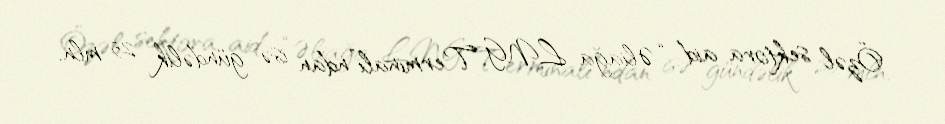
Özəl sektora aid “Əliağa LNG Terminalı”ndan isə gündəlik 25 mln.